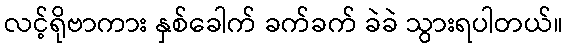
လင့်ရိုဗာကား နှစ်ခေါက် ခက်ခက် ခဲခဲ သွားရပါတယ်။